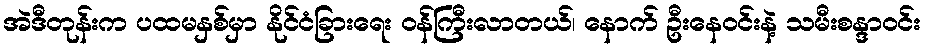
အဲဒီတုန်းက ပထမနှစ်မှာ နိုင်ငံခြားရေး ဝန်ကြီးလာတယ်၊ နောက် ဦးနေဝင်းနဲ့ သမီးစန္ဒာဝင်း